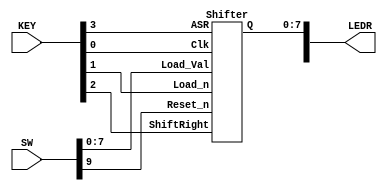
module part_3(SW, KEY, LEDR);
	input [9:0] SW, KEY;
	output [9:0] LEDR;
	
	Shifter p0(
			.Load_Val(SW[7:0]),
			.Load_n(KEY[1]),
			.ShiftRight(KEY[2]),
			.ASR(KEY[3]),
			.Clk(KEY[0]),
			.Reset_n(SW[9]),
			.Q(LEDR[7:0])
			);

endmodule

module Shifter(Load_Val, Load_n, ShiftRight, ASR, Clk, Reset_n, Q);
	input [7:0] Load_Val;
	input Load_n, ShiftRight, ASR, Clk, Reset_n;
	output [7:0] Q;
	
	wire [6:0] out_in;
	
	shifterbit_first s0(
			.load_val(Load_Val[7]),
			.load_n(Load_n),
			.asr(ASR),
			.shift(ShiftRight),
			.clk(Clk),
			.reset_n(Reset_n),
			.q0(Q[7]),
			.q1(out_in[0])
			);
	
	shifterbit s1(
			.load_val(Load_Val[6]),
			.load_n(Load_n),
			.shift(ShiftRight),
			.clk(Clk),
			.reset_n(Reset_n),
			.in(out_in[0]),
			.q0(Q[6]),
			.q1(out_in[1])
			);
			
	shifterbit s2(
			.load_val(Load_Val[5]),
			.load_n(Load_n),
			.shift(ShiftRight),
			.clk(Clk),
			.reset_n(Reset_n),
			.in(out_in[1]),
			.q0(Q[5]),
			.q1(out_in[2])
			);
			
	shifterbit s3(
			.load_val(Load_Val[4]),
			.load_n(Load_n),
			.shift(ShiftRight),
			.clk(Clk),
			.reset_n(Reset_n),
			.in(out_in[2]),
			.q0(Q[4]),
			.q1(out_in[3])
			);
			
	shifterbit s4(
			.load_val(Load_Val[3]),
			.load_n(Load_n),
			.shift(ShiftRight),
			.clk(Clk),
			.reset_n(Reset_n),
			.in(out_in[3]),
			.q0(Q[3]),
			.q1(out_in[4])
			);
			
	shifterbit s5(
			.load_val(Load_Val[2]),
			.load_n(Load_n),
			.shift(ShiftRight),
			.clk(Clk),
			.reset_n(Reset_n),
			.in(out_in[4]),
			.q0(Q[2]),
			.q1(out_in[5])
			);
			
	shifterbit s6(
			.load_val(Load_Val[1]),
			.load_n(Load_n),
			.shift(ShiftRight),
			.clk(Clk),
			.reset_n(Reset_n),
			.in(out_in[5]),
			.q0(Q[1]),
			.q1(out_in[6])
			);
			
	shifterbit s7(
			.load_val(Load_Val[0]),
			.load_n(Load_n),
			.shift(ShiftRight),
			.clk(Clk),
			.reset_n(Reset_n),
			.in(out_in[6]),
			.q0(Q[0]),
			.q1()
			);
			
endmodule
	
module shifterbit(load_val, load_n, shift, clk, reset_n, in, q0, q1);
		input load_val, load_n, shift, clk, reset_n, in;
		output q0, q1;
		
		wire out_to_in, mux_to_mux, data_to_dff;
		
		mux2to1 x0(
				.a(out_to_in),
				.b(in),
				.sel(shift),
				.r(mux_to_mux)
				);
		
		mux2to1 x1(
				.a(load_val),
				.b(mux_to_mux),
				.sel(load_n),
				.r(data_to_dff)
				);
		
		flipflop x2(
				.d(data_to_dff),
				.clock(clk),
				.reset_in_dff(reset_n),
				.flip_out0(q0),
				.flip_out1(q1),
				.flip_out2(out_to_in)
				);

endmodule

module shifterbit_first(load_val, load_n, asr, shift, clk, reset_n, q0, q1);
		input load_val, load_n, shift, asr, clk, reset_n;
		output q0, q1;
		
		wire asr_to_in, out_to_in, mux_to_mux, data_to_dff;
		
		mux2to1 x0(
				.a(1'b0),
				.b(1'b1),
				.sel(asr),
				.r(asr_to_in)
				);
		
		mux2to1 x1(
				.a(out_to_in),
				.b(asr_to_in),
				.sel(shift),
				.r(mux_to_mux)
				);
		
		mux2to1 x2(
				.a(load_val),
				.b(mux_to_mux),
				.sel(load_n),
				.r(data_to_dff)
				);
		
		flipflop x3(
				.d(data_to_dff),
				.clock(clk),
				.reset_in_dff(reset_n),
				.flip_out0(q0),
				.flip_out1(q1),
				.flip_out2(out_to_in)
				);

endmodule

module mux2to1(a, b, sel, r);
	input a, b, sel;
	output r;
	assign r = (a & ~sel)|(b & sel);

endmodule

module flipflop(d, clock, reset_in_dff, flip_out0, flip_out1, flip_out2);
	input d, clock, reset_in_dff;
	output flip_out0, flip_out1, flip_out2;
	
	reg out;
	
	always @(posedge clock)
	
	begin
	
		if (reset_in_dff == 1'b0)
		
			out <= 1'b0;
			
		else
		
			out <= d;
			
	end
	
	assign flip_out0 = out;
	assign flip_out1 = out;
	assign flip_out2 = out;

endmodule